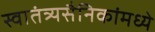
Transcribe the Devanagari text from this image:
स्वातंत्र्यसैनिकांमध्ये